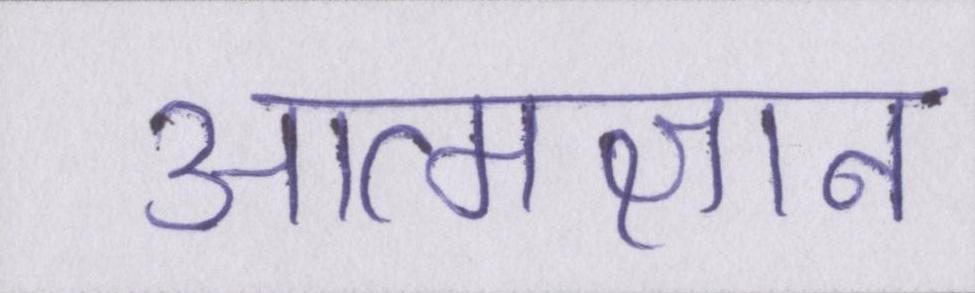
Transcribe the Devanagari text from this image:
आत्मज्ञान